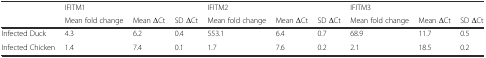
<table><thead><tr><td>[EMPTY_CELL]</td><td><b>IFITM1</b></td><td>[EMPTY_CELL]</td><td>[EMPTY_CELL]</td><td><b>IFITM2</b></td><td>[EMPTY_CELL]</td><td>[EMPTY_CELL]</td><td><b>IFITM3</b></td><td>[EMPTY_CELL]</td><td>[EMPTY_CELL]</td></tr><tr><td>[EMPTY_CELL]</td><td><b>Mean fold change</b></td><td><b>Mean ΔCt</b></td><td><b>SD ΔCt</b></td><td><b>Mean fold change</b></td><td><b>Mean ΔCt</b></td><td><b>SD ΔCt</b></td><td><b>Mean fold change</b></td><td><b>Mean ΔCt</b></td><td><b>SD ΔCt</b></td></tr></thead><tbody><tr><td>Infected Duck</td><td>4.3</td><td>6.2</td><td>0.4</td><td>553.1</td><td>6.4</td><td>0.7</td><td>68.9</td><td>11.7</td><td>0.5</td></tr><tr><td>Infected Chicken</td><td>1.4</td><td>7.4</td><td>0.1</td><td>1.7</td><td>7.6</td><td>0.2</td><td>2.1</td><td>18.5</td><td>0.2</td></tr></tbody></table>